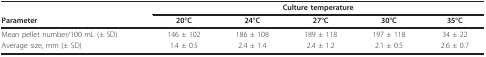
|  | <COLSPAN=5> Culture temperature |
 | Parameter | 20°C | 24°C | 27°C | 30°C | 35°C |
 | --- | --- | --- | --- | --- | --- |
 | Mean pellet number/100 mL (± SD) | 146 ± 102 | 186 ± 108 | 189 ± 118 | 197 ± 118 | 34 ± 22 |
 | Average size, mm (± SD) | 1.4 ± 0.5 | 2.4 ± 1.4 | 2.4 ± 1.2 | 2.1 ± 0.5 | 2.6 ± 0.7 |